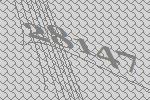
28147